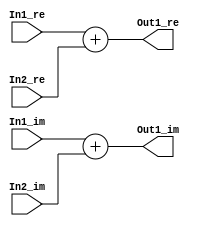
// -------------------------------------------------------------
// 
// 
// Generated by MATLAB 9.8 and HDL Coder 3.16
// 
// -------------------------------------------------------------


// -------------------------------------------------------------
// 
// Module: Complex_Sum1_block31
// Source Path: newhope_cambios/FDHT/DFT_2/DFT5-block_IDFT/DFT5-column 2/DFT5-3/Complex-Sum1
// Hierarchy Level: 5
// 
// -------------------------------------------------------------

`timescale 1 ns / 1 ns

module Complex_Sum1_block31
          (In1_re,
           In1_im,
           In2_re,
           In2_im,
           Out1_re,
           Out1_im);


  input   signed [36:0] In1_re;  // sfix37_En22
  input   signed [36:0] In1_im;  // sfix37_En22
  input   signed [36:0] In2_re;  // sfix37_En22
  input   signed [36:0] In2_im;  // sfix37_En22
  output  signed [36:0] Out1_re;  // sfix37_En22
  output  signed [36:0] Out1_im;  // sfix37_En22


  wire signed [36:0] Sum_out1;  // sfix37_En22
  wire signed [36:0] Sum1_out1;  // sfix37_En22


  assign Sum_out1 = In1_re + In2_re;



  assign Out1_re = Sum_out1;

  assign Sum1_out1 = In1_im + In2_im;



  assign Out1_im = Sum1_out1;

endmodule  // Complex_Sum1_block31